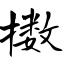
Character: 擞